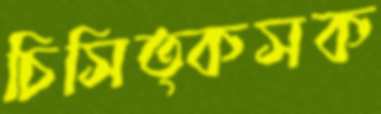
চিসিত্কসক